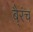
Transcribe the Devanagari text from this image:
बै्रंच